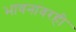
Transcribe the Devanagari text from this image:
भावनांवरही